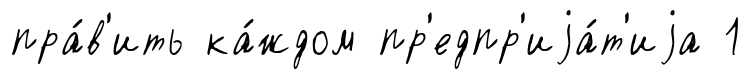
пра́в'ить ка́ждом пр'едпр'иjа́т'иjа 1